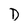
Character: D